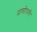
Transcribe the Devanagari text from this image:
प्राशीतनी